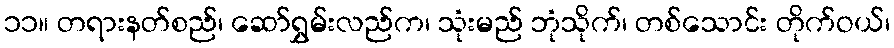
၁၁။ တရားနတ်စည်၊ ဆော်ရွှမ်းလည်က၊ သုံးမည် ဘုံသိုက်၊ တစ်သောင်း တိုက်ဝယ်၊